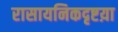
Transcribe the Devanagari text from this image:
रासायनिकदृष्टय़ा